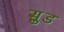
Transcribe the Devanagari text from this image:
सु़ड